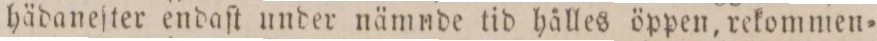
hädaneſter endaſt under nämnde tid hålles öppen, rekommen=